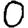
Digit: 0